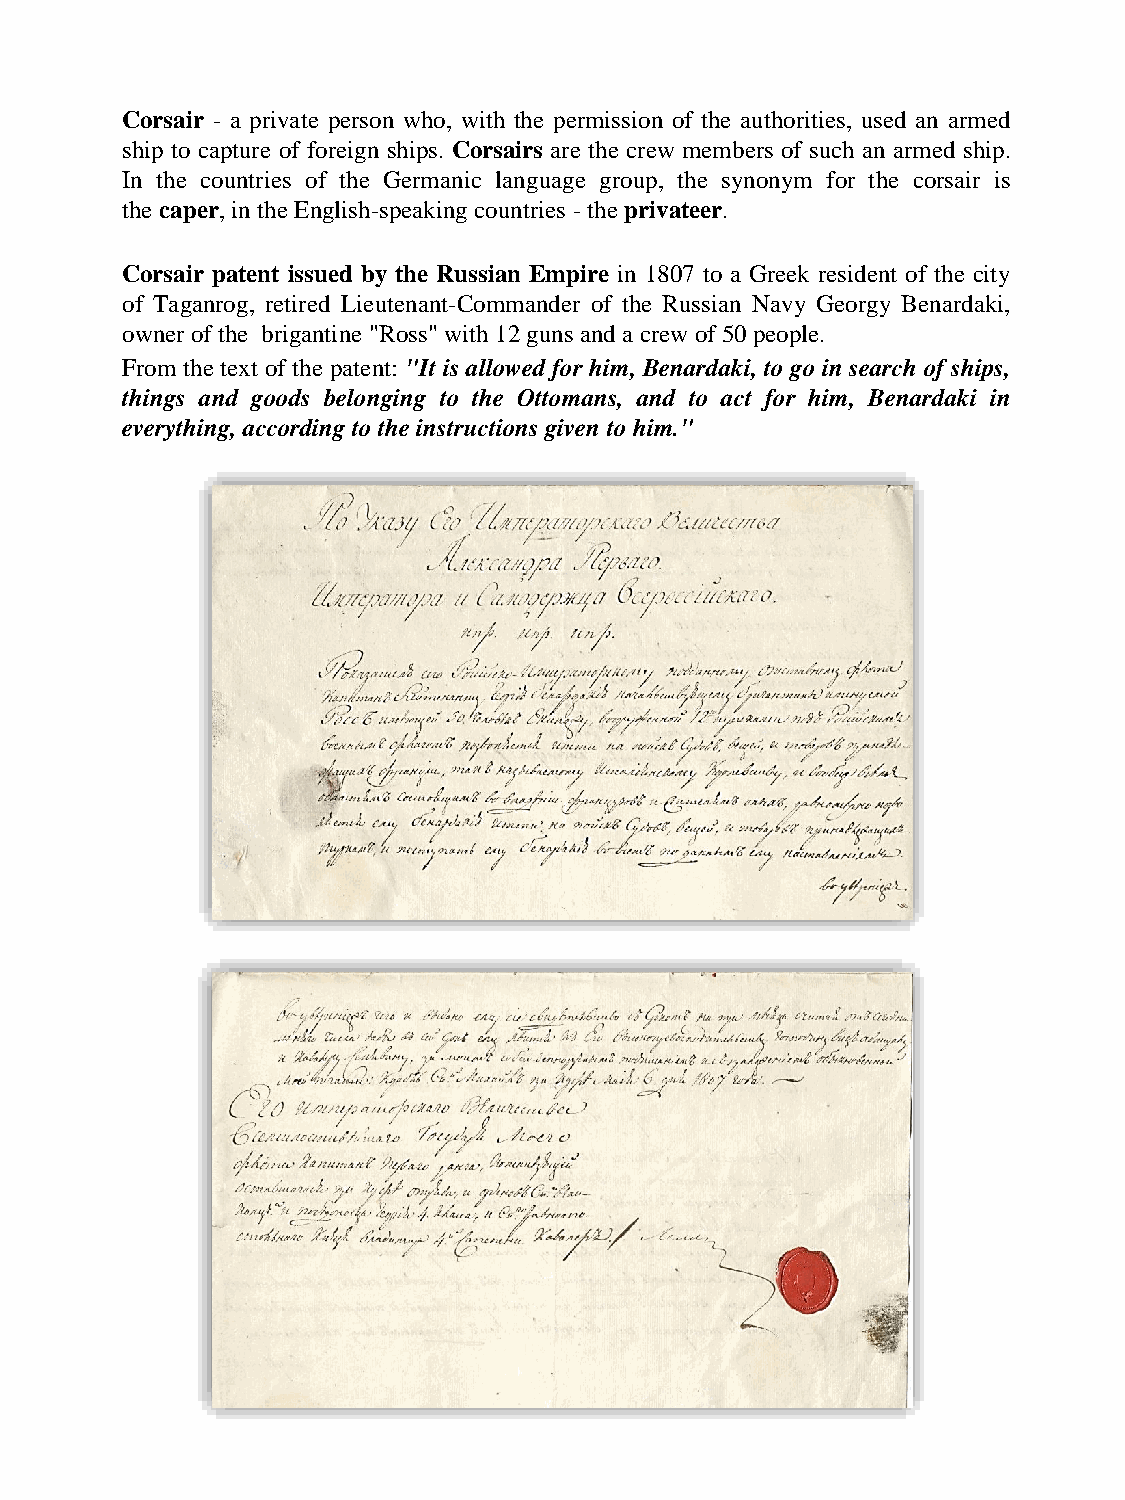
Corsair - a private person who, with the permission of the authorities, used an armed
 ship to capture of foreign ships. Corsairs are the crew members of such an armed ship.
 In the countries of the Germanic language group, the synonym for the corsair is
 the caper, in the English-speaking countries -the privateer.
 Corsair patent issued by the Russian Empire in 1807 to a Greek resident of the city
 of Taganrog, retired Lieutenant-Commander of the Russian Navy Georgy Benardaki,
 owner ofthe brigantine "Ross"with 12guns and a crew of50 people.
 From the text of the patent: "It is allowed for him, Benardaki, to go in search of ships,
 things and goods belonging to the Ottomans, and to act for him, Benardaki in
 everything, according totheinstructionsgiven tohim."